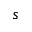
s